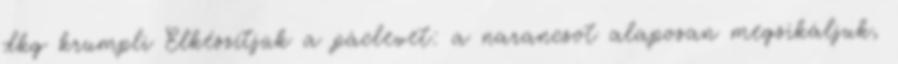
dkg krumpli Elkészítjük a páclevet: a narancsot alaposan megsikáljuk,